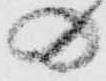
の